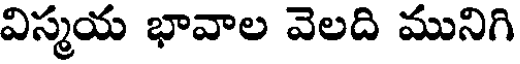
విస్మయ భావాల వెలది మునిగి